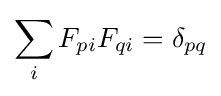
\sum _{i}F_{pi}F_{qi}=\delta _{pq}